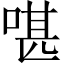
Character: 啿